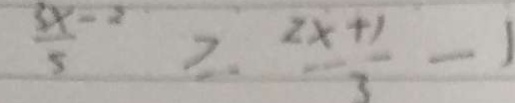
\frac { 3 x - 2 } { 5 } \geq \frac { 2 x + 1 } { 3 } - 1